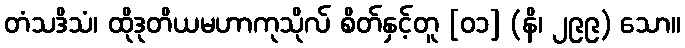
တံသဒိသံ၊ ထိုဒုတိယမဟာကုသိုလ် စိတ်နှင့်တူ [၀၁] (နိ၊ ၂၉၉) သော။